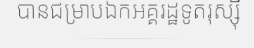
បានជម្រាបឯកអគ្គរដ្ឋទូតរុស្ស៊ី